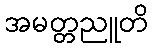
အမတ္တညူတိ